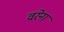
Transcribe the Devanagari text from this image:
वरेना